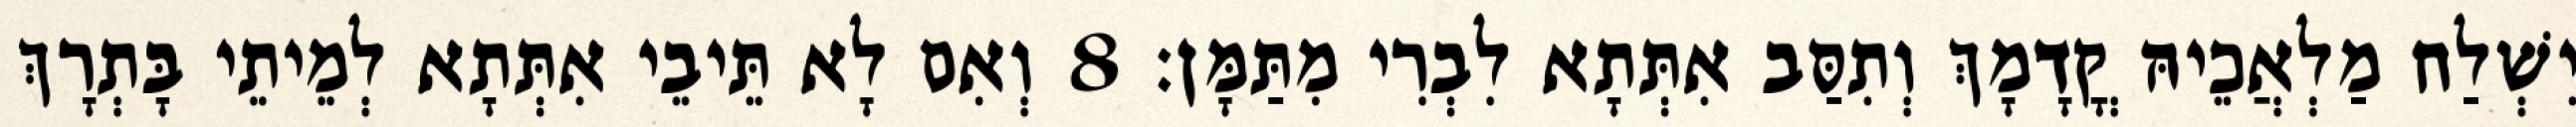
יִשְׁלַח מַלְאֲכֵיהּ קֳדָמָךְ וְתִסַּב אִתְּתָא לִבְרִי מִתַּמָּן׃ 8 וְאִם לָא תֵּיבֵי אִתְּתָא לְמֵיתֵי בָּתְרָךְ